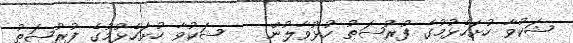
ޝަކުވާ ހުށަހެޅުމުގެ ފުރުޞަޠު ހުޅުވާލުން    ޝަކުވާ ހުށަހެޅުމުގެ ފުރުޞަޠު